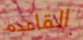
القاعده